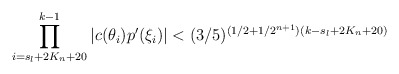
\begin{align*}\prod \limits^{k-1}_{i = s_l + 2K_n + 20} |c(\theta_i)p'(\xi_i)| < (3/5)^{(1/2 + 1/2^{n+1})(k - s_l + 2K_n + 20)}\end{align*}